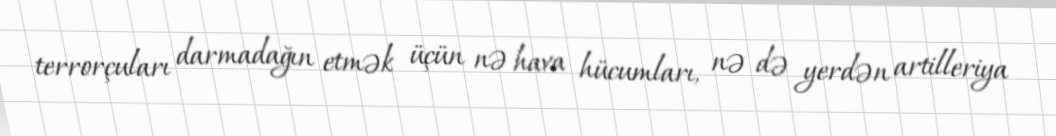
terrorçuları darmadağın etmək üçün nə hava hücumları, nə də yerdən artilleriya